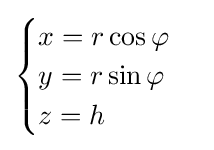
{\textstyle {\begin{cases}x=r\cos \varphi \\y=r\sin \varphi \\z=h\end{cases}}}